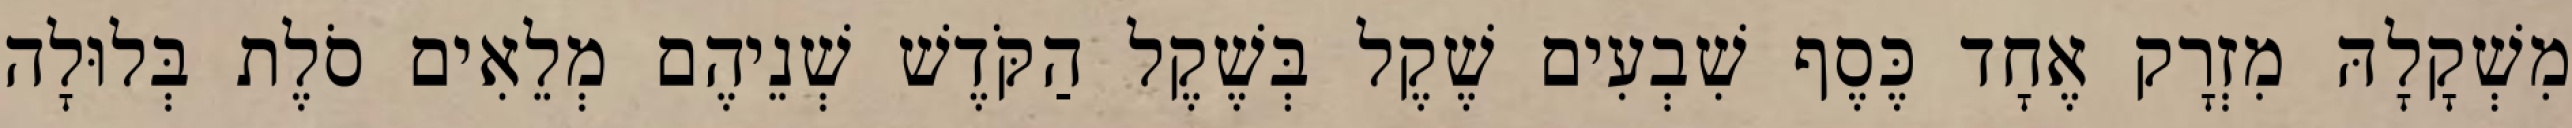
מִשְׁקָלָהּ מִזְרָק אֶחָד כֶּסֶף שִׁבְעִים שֶׁקֶל בְּשֶׁקֶל הַקֹּדֶשׁ שְׁנֵיהֶם מְלֵאִים סֹלֶת בְּלוּלָה